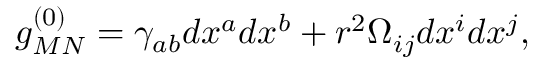
g _ { M N } ^ { ( 0 ) } = \gamma _ { a b } d x ^ { a } d x ^ { b } + r ^ { 2 } \Omega _ { i j } d x ^ { i } d x ^ { j } ,